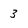
Character: 3